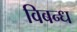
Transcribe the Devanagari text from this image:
विबन्ध